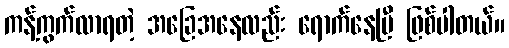
ကန့်ကွက်လာရတဲ့ အခြေအနေလည်း ရောက်နေပြီ ဖြစ်ပါတယ်။